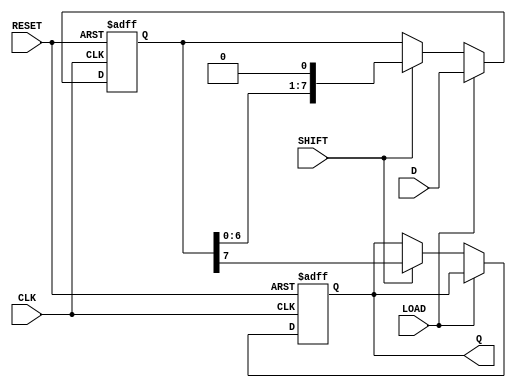
module ShiftPISO #(
    parameter WIDTH = 8 // Define the width of the register
)(
    input wire [WIDTH-1:0] D,        // Parallel data input
    input wire LOAD,                  // Load signal
    input wire SHIFT,                 // Shift signal
    input wire CLK,                   // Clock signal
    input wire RESET,                 // Asynchronous reset
    output reg Q                     // Serial output
);

    // Internal register to hold the shift register data
    reg [WIDTH-1:0] shift_reg;

    // Asynchronous reset and loading logic
    always @(posedge CLK or posedge RESET) begin
        if (RESET) begin
            // Reset all bits to 0
            shift_reg <= {WIDTH{1'b0}};
            Q <= 1'b0; // Ensure output Q is also reset
        end else begin
            if (LOAD) begin
                // Load parallel data into the shift register
                shift_reg <= D;
            end else if (SHIFT) begin
                // Shift the data out serially
                Q <= shift_reg[WIDTH-1]; // Output the MSB
                // Shift the register left, fill LSB with 0
                shift_reg <= {shift_reg[WIDTH-2:0], 1'b0};
            end
            // Q will output the last shifted value
        end
    end

endmodule